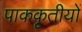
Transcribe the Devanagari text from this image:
पाककृतीयों